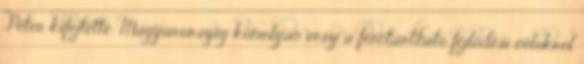
Péter kifejtette: Magyarország komolyan veszi a fenntartható fejlődési célokról